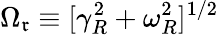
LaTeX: \Omega_{\mathfrak{r}}\equiv[\gamma_{R}^{2}+\omega_{R}^{2}]^{1/2}